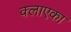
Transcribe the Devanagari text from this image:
क्लाएका